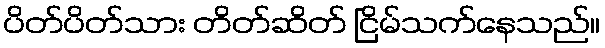
ပိတ်ပိတ်သား တိတ်ဆိတ် ငြိမ်သက်နေသည်။